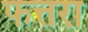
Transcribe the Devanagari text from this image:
फत्तरा